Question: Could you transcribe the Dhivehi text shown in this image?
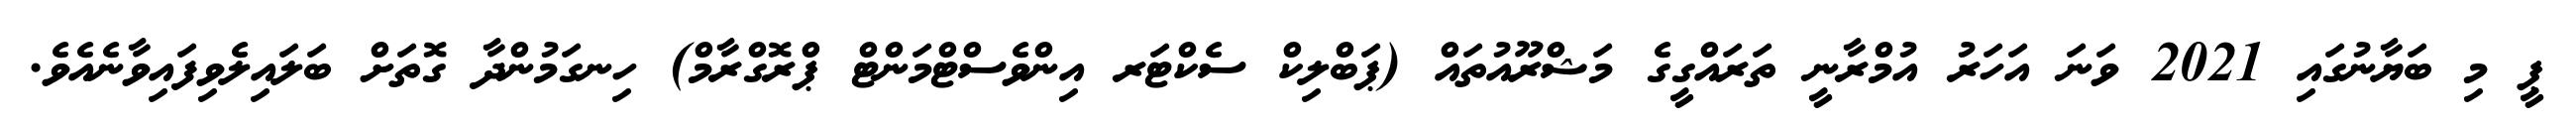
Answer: ޕީ މި ބަޔާނުގައި 2021 ވަނަ އަހަރު އުމްރާނީ ތަރައްގީގެ މަޝްރޫއުތައް (ޕަބްލިކް ސެކްޓަރ އިންވެސްޓްމަންޓް ޕްރޮގްރާމް) ހިނގަމުންދާ ގޮތަށް ބަލައިލެވިފައިވާނެއެވެ.